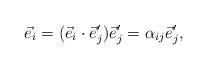
LaTeX: \begin{align*}\begin{aligned} \vec e_i=(\vec e_i\cdot\vec e_j')\vec e_j'=\alpha_{ij}\vec e_j',\end{aligned}\end{align*}